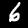
Label: 6